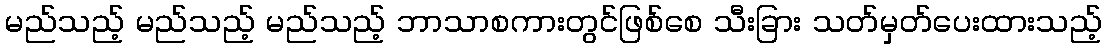
မည်သည့် မည်သည့် မည်သည့် ဘာသာစကားတွင်ဖြစ်စေ သီးခြား သတ်မှတ်ပေးထားသည့်